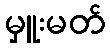
မှူးမတ်